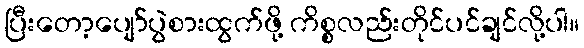
ပြီးတော့ပျော်ပွဲစားထွက်ဖို့ ကိစ္စလည်းတိုင်ပင်ချင်လို့ပါ။